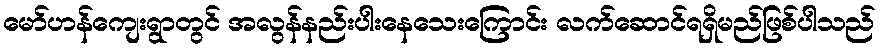
မော်ဟန်ကျေးရွာတွင် အလွန်နည်းပါးနေသေးကြောင်း လက်ဆောင်ရရှိမည်ဖြစ်ပါသည်